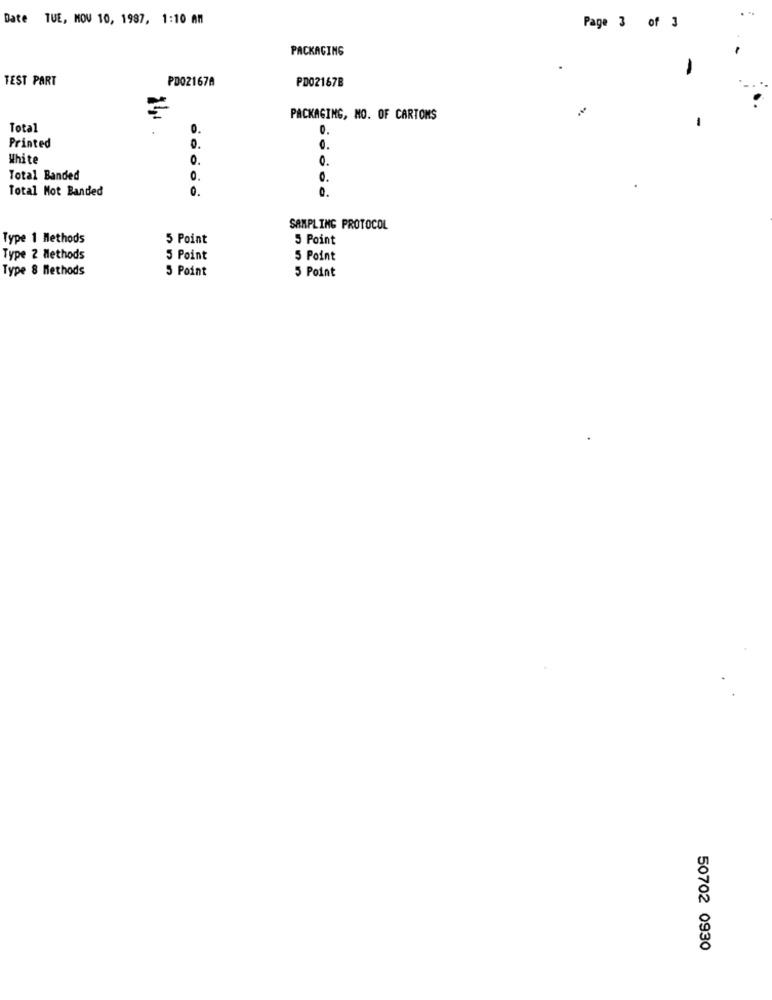
Date TUE, MOV 10, 1987, 1:10 AM
Page 3 of 3
PACKAGING
TEST PART
PD021678
PD02167B
PACKAGING, NO. OF CARTONS
Total
0.
0.
Printed
0.
0.
White
0.
0.
Total Banded
0.
0.
Total Not Banded
0.
0.
SAMPLING PROTOCOL
Type 1 Methods
5 Point
5 Point
Type 2 Methods
5 Point
5 Point
Type 8 Methods
5 Point
5 Point
50702 0930